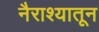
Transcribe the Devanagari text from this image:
नैराश्यातून